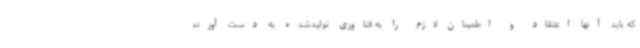
که باید آنها اعتقاد و اطمینان لازم را به فناوری تولیدشده به دست آورند